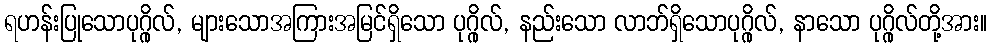
ရဟန်းပြုသောပုဂ္ဂိုလ်, များသောအကြားအမြင်ရှိသော ပုဂ္ဂိုလ်, နည်းသော လာဘ်ရှိသောပုဂ္ဂိုလ်, နာသော ပုဂ္ဂိုလ်တို့အား။